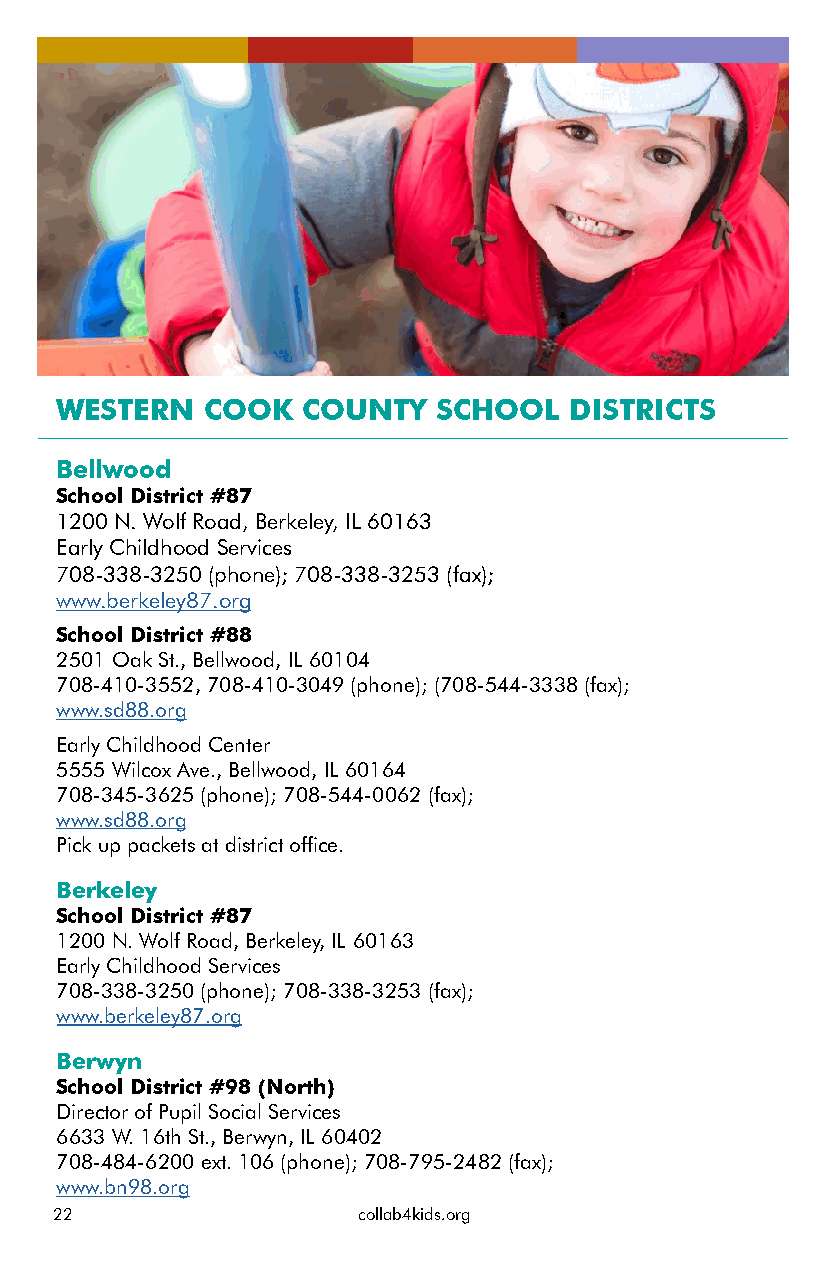
WESTERN  COOK   COUNTY   SCHOOL   DISTRICTS
 Bellwood
 School District #87
 1200 N. Wolf Road, Berkeley, IL 60163
 Early Childhood Services
 708-338-3250 (phone); 708-338-3253 (fax);
 www.berkeley87.org
 School District #88
 2501 Oak St., Bellwood, IL 60104
 708-410-3552, 708-410-3049 (phone); (708-544-3338 (fax);
 www.sd88.org
 Early Childhood Center
 5555 Wilcox Ave., Bellwood, IL 60164
 708-345-3625 (phone); 708-544-0062 (fax);
 www.sd88.org
 Pick up packets at district office.
 Berkeley
 School District #87
 1200 N. Wolf Road, Berkeley, IL 60163
 Early Childhood Services
 708-338-3250 (phone); 708-338-3253 (fax);
 www.berkeley87.org
 Berwyn
 School District #98 (North)
 Director of Pupil Social Services
 6633 W. 16th St., Berwyn, IL 60402
 708-484-6200 ext. 106 (phone); 708-795-2482 (fax);
 www.bn98.org
 22                  collab4kids.org